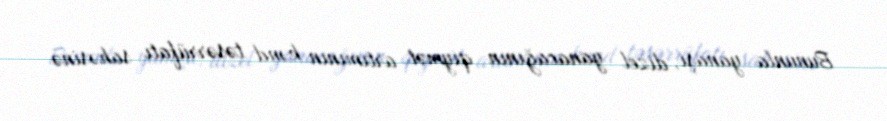
Bununla yanaşı, dizel yanacağının qiymət artımının kənd təsərrüfatı sahəsinə